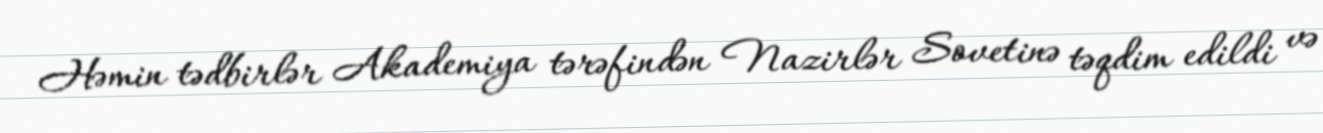
Həmin tədbirlər Akademiya tərəfindən Nazirlər Sovetinə təqdim edildi və